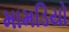
મામડિયો